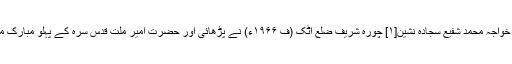
نمازِ جنازہ حضرت خواجہ محمد شفیع سجادہ نشین[۱] چورہ شریف ضِلع اٹک (ف ۱۹۶۶ء) نے پڑھائی اور حضرت امیر ملّت قدس سرہ کے پہلو مبارک میں سپرد کیے گئے۔